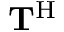
{ \bf T } ^ { \mathrm { H } }